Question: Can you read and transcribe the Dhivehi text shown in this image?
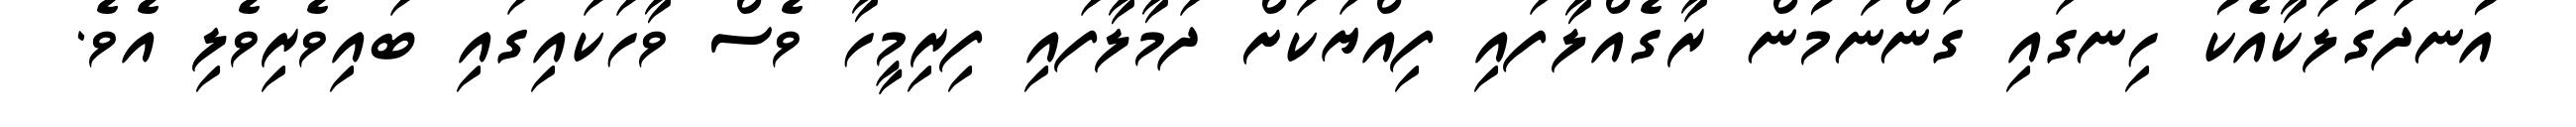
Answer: އުނދަގުލަކާއެކު ހިނގައި ގަންނަމުން ރާގެއްލާފައި ފިއްޔަކަށް ދަމާލާފައި ފިރިމީހާ ވެސް ވާހަކައިގައި ބައިވެރިވެލި އެވެ.